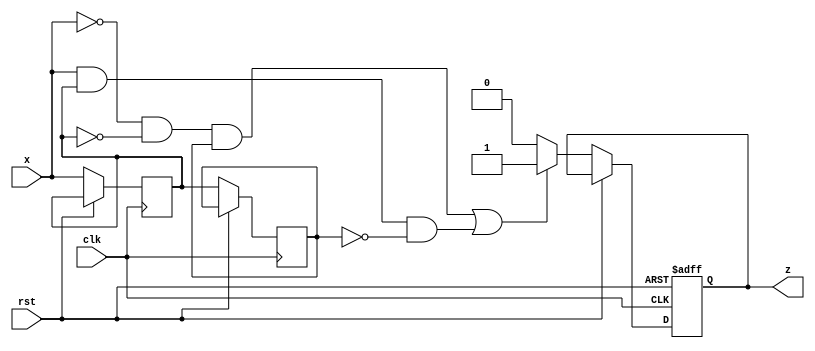
`timescale 1ns / 1ps
//////////////////////////////////////////////////////////////////////////////////
// Company: 
// Engineer: 
// 
// Design Name: 
// Module Name: check_dif
// Project Name: 
// Target Devices: 
// Tool Versions: 
// Description: 
// 
// Dependencies: 
// 
// Revision:
// Revision 0.01 - File Created
// Additional Comments:
// 
//////////////////////////////////////////////////////////////////////////////////


module checkdif(
input clk, rst,
input x,
output reg z
    );
    reg ten, twenty;
    
    always @(posedge clk or posedge rst) begin
        if(rst) begin
            z <= 1'b0;
            end
        else if(!rst) begin
            if((x == 1'b0 & ten == 1'b0 & twenty == 1'b1) | (x == 1'b1 & ten == 1'b1 & twenty == 1'b0)) begin
                z <= 1'b1;
                end
            else begin
                z <= 1'b0;
                end
                twenty = ten;
                ten = x;
            end
            end
        
endmodule